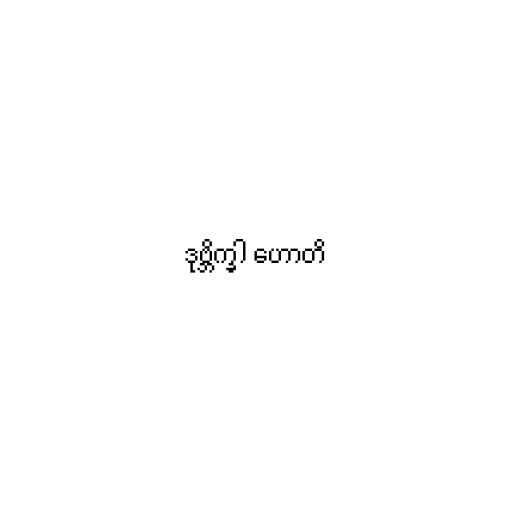
ဒုဗ္ဘိက္ခါ ဟောတိ